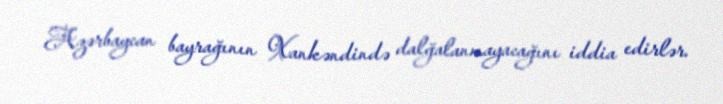
Azərbaycan bayrağının Xankəndində dalğalanmayacağını iddia edirlər.